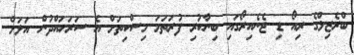
ބްރެޒިލްގެ ރިއޯ ޑި ޖެނެއިރޯގައި ބިނާކުރި ފުރަތަމަ މިސްކިތަށް އެ ސަރަހައްދުން އަލަށް